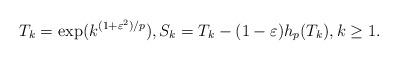
LaTeX: \begin{align*}T_k =\exp(k^{(1+\varepsilon^2)/p}),S_k =T_k -(1-\varepsilon) h_p(T_k),k\ge 1.\end{align*}